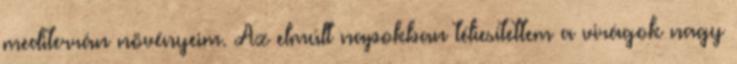
mediterrán növényeim. Az elmúlt napokban téliesítettem a virágok nagy